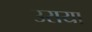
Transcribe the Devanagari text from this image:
उराया